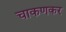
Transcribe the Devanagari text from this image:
चाकणकर